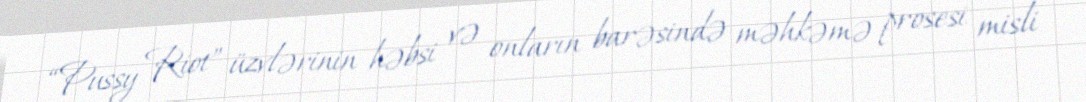
“Pussy Riot” üzvlərinin həbsi və onların barəsində məhkəmə prosesi misli